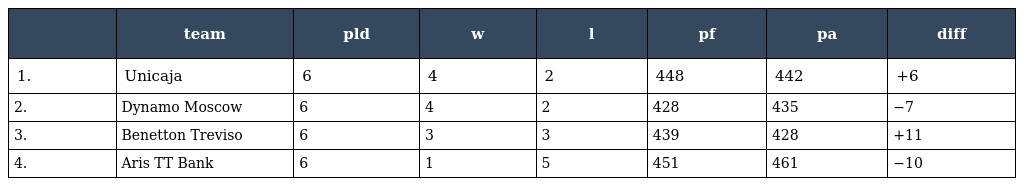
|  | team | pld | w | l | pf | pa | diff |
 | --- | --- | --- | --- | --- | --- | --- | --- |
 | 1. | Unicaja | 6 | 4 | 2 | 448 | 442 | +6 |
 | 2. | Dynamo Moscow | 6 | 4 | 2 | 428 | 435 | −7 |
 | 3. | Benetton Treviso | 6 | 3 | 3 | 439 | 428 | +11 |
 | 4. | Aris TT Bank | 6 | 1 | 5 | 451 | 461 | −10 |